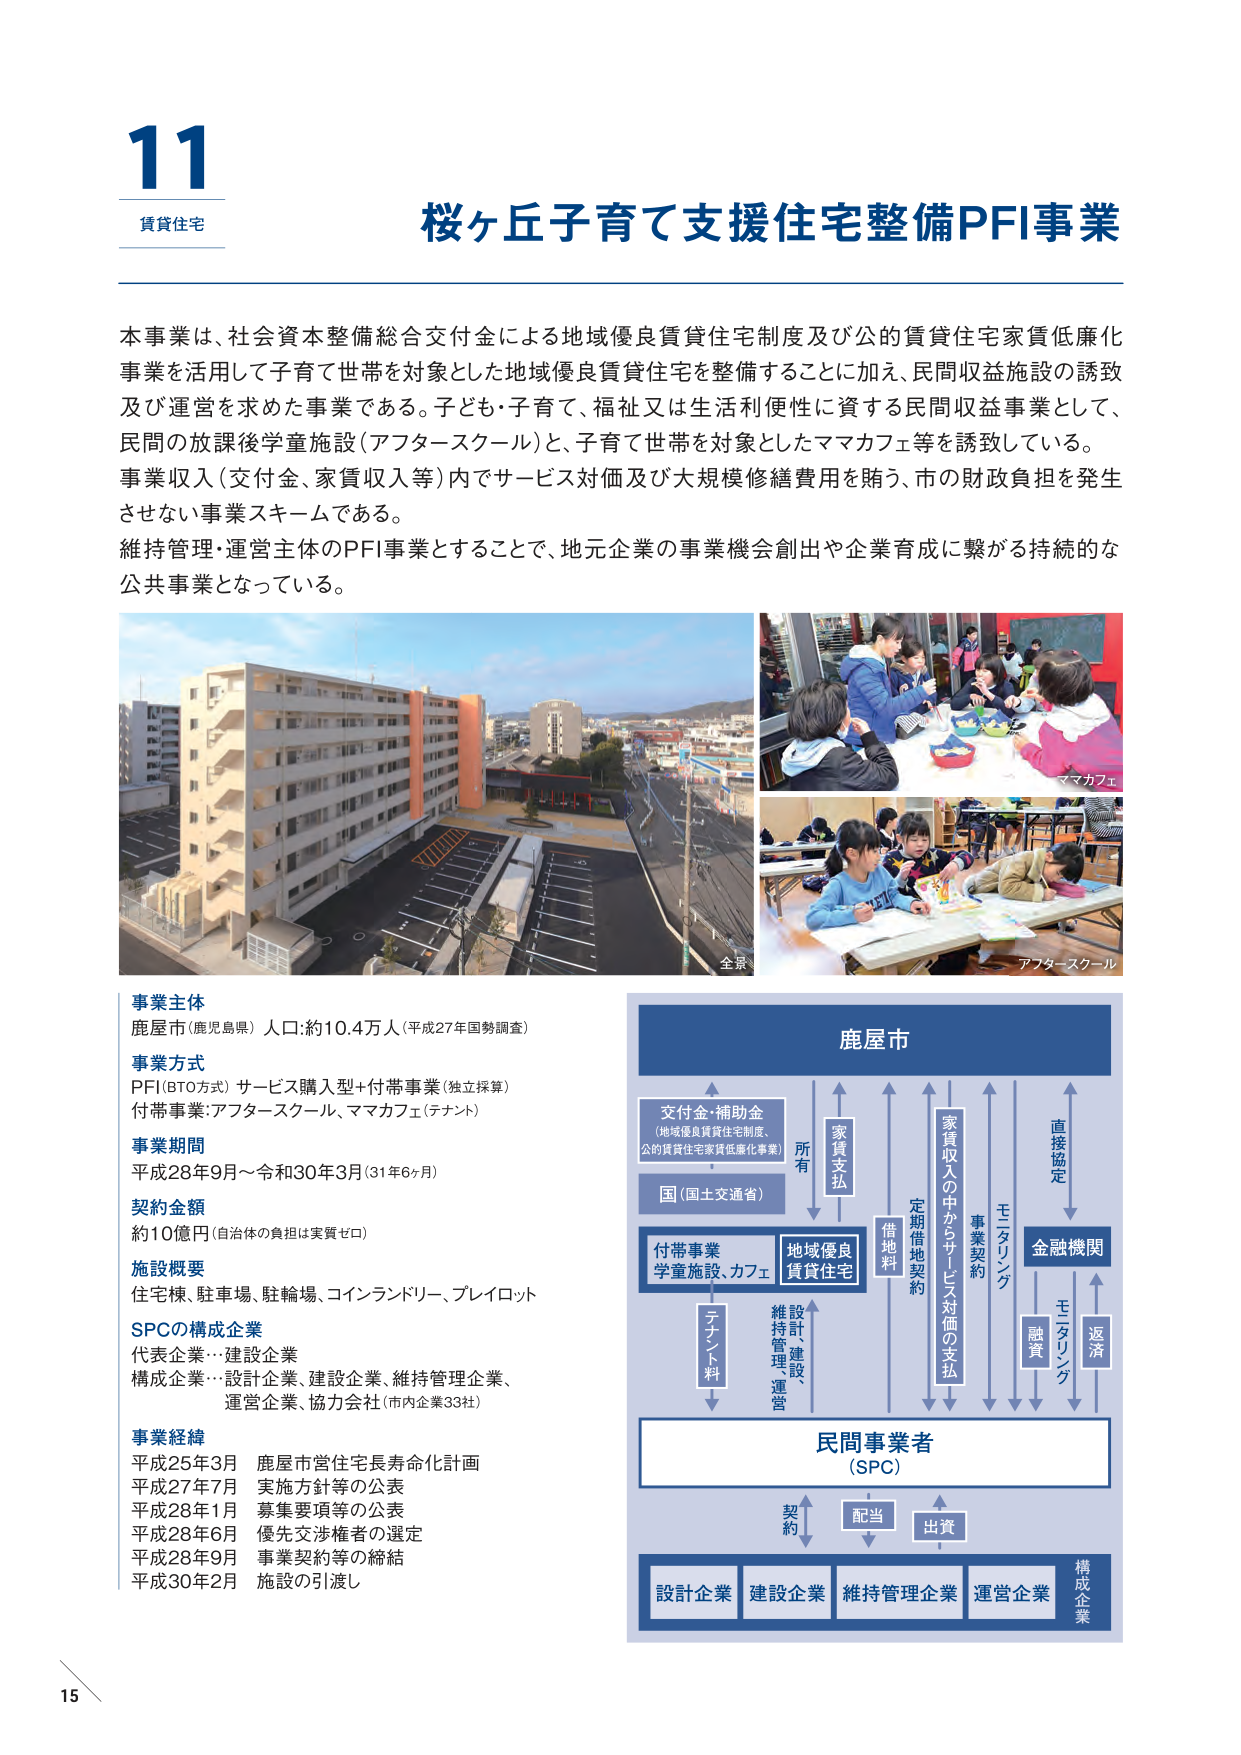
11
賃貸住宅
桜ヶ丘子育て支援住宅整備PFI事業

本事業は、社会資本整備総合交付金による地域優良賃貸住宅制度及び公的賃貸住宅家賃低廉化事業を活用して子育て世帯を対象とした地域優良賃貸住宅を整備することに加え、民間収益施設の誘致及び運営を求めた事業である。子ども・子育て、福祉又は生活利便性に資する民間収益事業として、民間の放課後学童施設（アフタースクール）と、子育て世帯を対象としたママカフェ等を誘致している。
事業収入（交付金、家賃収入等）内でサービス対価及び大規模修繕費用を賄う、市の財政負担を発生させない事業スキームである。
維持管理・運営主体のPFI事業とすることで、地元企業の事業機会創出や企業育成に繋がる持続的な公共事業となっている。

全景
ママカフェ
アフタースクール

事業主体
鹿屋市（鹿児島県） 人口：約10.4万人（平成27年国勢調査）

事業方式
PFI（BTO方式） サービス購入型＋付帯事業（独立採算）
付帯事業：アフタースクール、ママカフェ（テナント）

事業期間
平成28年9月～令和30年3月（31年6ヶ月）

契約金額
約10億円（自治体の負担は実質ゼロ）

施設概要
住宅棟、駐車場、駐輪場、コインランドリー、プレイロット

SPCの構成企業
代表企業…建設企業
構成企業…設計企業、建設企業、維持管理企業、
運営企業、協力会社（市内企業33社）

事業経緯
平成25年3月 鹿屋市営住宅長寿命化計画
平成27年7月 実施方針等の公表
平成28年1月 募集要項等の公表
平成28年6月 優先交渉権者の選定
平成28年9月 事業契約等の締結
平成30年2月 施設の引渡し

鹿屋市
交付金・補助金
（地域優良賃貸住宅制度、
公的賃貸住宅家賃低廉化事業）
国（国土交通省）
付帯事業
学童施設、カフェ
地域優良
賃貸住宅
所有
家賃支払
借地料
定期借地契約
家賃収入の中からサービス対価の支払
事業契約
モニタリング
直接協定
金融機関
融資
モニタリング
返済
設計、建設、
維持管理、運営
テナント料
民間事業者
（SPC）
契約
配当
出資
設計企業 建設企業 維持管理企業 運営企業 構成企業

15